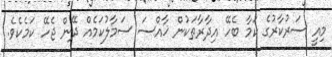
މިއީ ސަރުކާރުގެ ކަމާ ބެހޭ އިދާރާތަކުން ޚާއްސަ ސަމާލުކަމެއް ދޭން ޖެހޭ ކަމެކެވެ.